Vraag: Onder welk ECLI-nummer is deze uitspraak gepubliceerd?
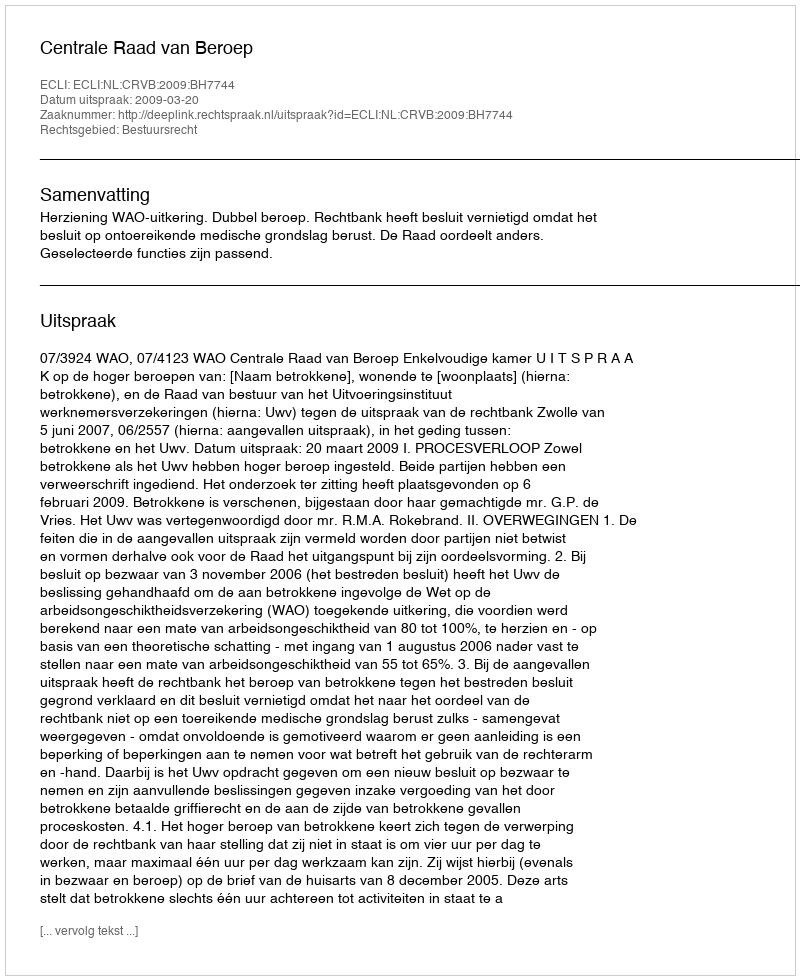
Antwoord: ECLI:NL:CRVB:2009:BH7744